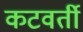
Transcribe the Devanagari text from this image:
कटवर्ती